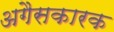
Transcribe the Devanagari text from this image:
अगैसकारक